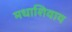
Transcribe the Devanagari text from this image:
मधाशिवाय